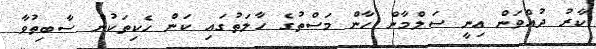
ކާރު ދުއްވަން އިނީ ސަލްމާން ހާން މަސްތުގެ ހާލަތުގައި ކަން ހެކިތަކުން ސާބިތުވާ